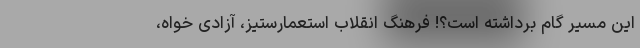
این مسیر گام برداشته است؟! فرهنگ انقلاب استعمارستیز، آزادی خواه،